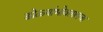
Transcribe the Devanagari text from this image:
डोळ्यांभोवतालचा